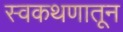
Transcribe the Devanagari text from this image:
स्वकथणातून